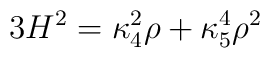
3H^2 = \kappa_4^2 \rho + \kappa_5^4 \rho^2